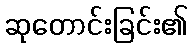
ဆုတောင်းခြင်း၏